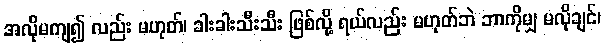
အလိုမကျ၍ လည်း မဟုတ်၊ ခါးခါးသီးသီး ဖြစ်လို့ ရယ်လည်း မဟုတ်ဘဲ ဘာကိုမျှ မလိုချင်၊